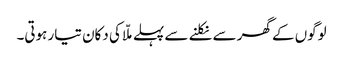
لوگوں کے گھر سے نکلنے سے پہلے ملّا کی دکان تیار ہوتی۔